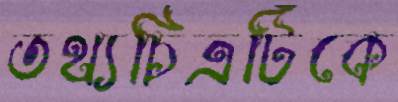
তথ্যচিত্রটিকে